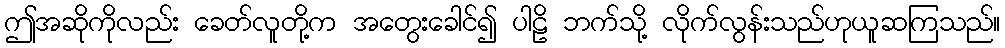
ဤအဆိုကိုလည်း ခေတ်လူတို့က အတွေးခေါင်၍ ပါဠိ ဘက်သို့ လိုက်လွန်းသည်ဟုယူဆကြသည်။